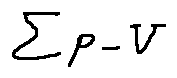
\sum p - V